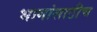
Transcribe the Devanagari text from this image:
भागांसाठीच